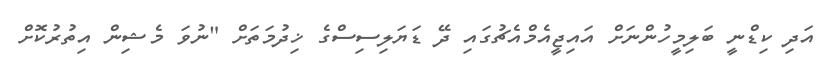
އަދި ކިޑްނީ ބަލިމީހުންނަށް އައިޖީއެމްއެޗުގައި ދޭ ޑަޔަލިސިސްގެ ޚިދުމަތަށް "ނުވަ މެޝިން އިތުރުކޮށް